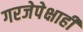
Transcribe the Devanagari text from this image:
गरजेपेक्षाही